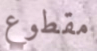
مقطوع